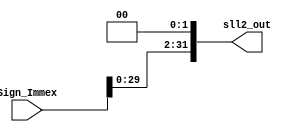
module Shift_left2(input [31:0] Sign_Immex,
output reg [31:0] sll2_out);
always @(Sign_Immex)
begin
sll2_out= Sign_Immex << 2;
end
endmodule